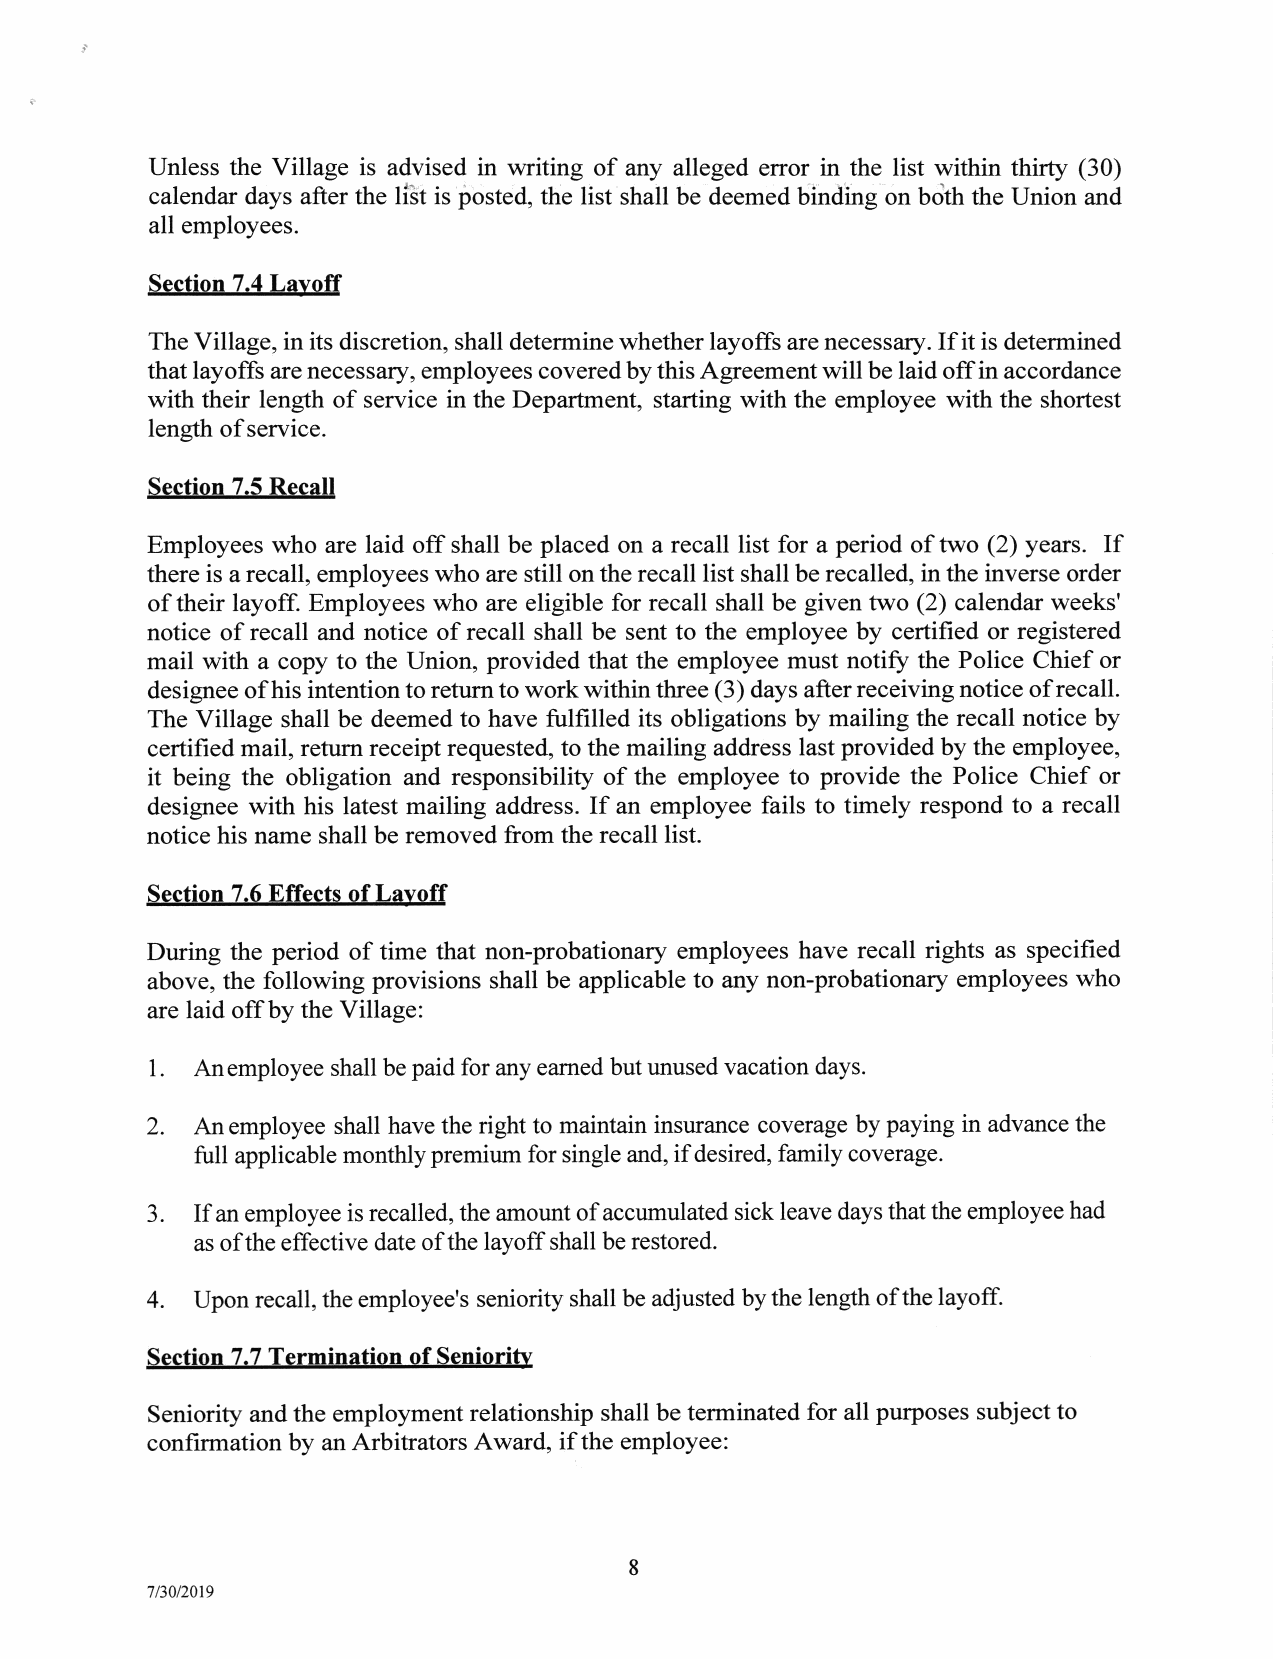
Unless the Village is advised in writing of any alleged error in the list within thirty (30)
 calendar days after the liSt is posted, the list shall be deemed binding on bcith the Union and
 all employees.
 Section 7.4Lavoft
 The Village, in its discretion, shall determine whether layoffs are necessary. If it is determined
 that layoffs are necessary, employees covered by this Agreement will be laid off in accordance
 with their length of service in the Department, starting with the employee with the shortest
 length ofservice.
 Section 7.5 Recall
 If
 Employees who are laid off shall be placed on a recall list for a period of two (2) years.
 there is a recall, employees who are still on the recall list shall be recalled, in the inverse order
 of their layoff. Employees who are eligible for recall shall be given two (2) calendar weeks'
 notice of recall and notice of recall shall be sent to the employee by certified or registered
 mail with a copy to the Union, provided that the employee must notiff the Police Chief or
 designee of his intention to return to work within three (3) days after receiving notice of recall.
 The Village shall be deemed to have fulfilled its obligations by mailing the recall notice by
 certified mail, return receipt requested, to the mailing address last provided by the employee,
 it being the obligation and responsibility of the employee to provide the Police Chief or
 designee with his latest mailing address. If an employee fails to timely respond to a recall
 notice his name shall be removed from the recall list.
 Section 7.6 Effects of Lavoff
 During the period of time that non-probationary employees have recall rights as specified
 above, the following provisions shall be applicable to any non-probationary employees who
 are laid off by the Village:
 1.
 Anemployee shall be paid for any earned but unused vacation days.
 2. An employee shall have the right to maintain insurance coverage by paying in advance the
 full applicable monthly premium for single and, if desired, family coverage.
 3.
 If an employee is recalled, the amount of accumulated sick leave days that the employee had
 as of the effective date of the layoff shall be restored.
 4. Upon recall, the employee's seniority shall be adjusted by the length of the layoff.
 Section 7.7 Termination of Senioritv
 Seniority and the employment relationship shall be terminated for all purposes subject to
 confirmation by an Arbitrators Award, if the employee:
 8
 7/30/2019